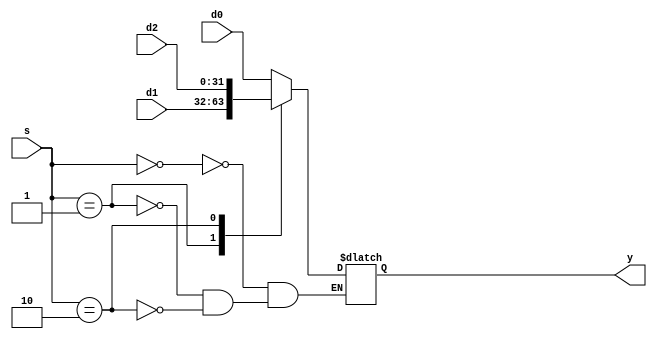
module mux4alu1 (d0, d1, d2, s, y);
    
    input  [31:0] d0, d1, d2;
    input  [1:0] s;
    output [31:0] y;
    
    reg [31:0] y_r;
    
    always @( * ) begin
        case ( s )
            2'b00: y_r = d0;
            2'b01: y_r = d1;
            2'b10: y_r = d2;
            default: ;
        endcase             
    end 
    
    assign y = y_r;
        
endmodule

module mux4alu2 (d0, d1, d2,s, y);
    
    input  [31:0] d0, d1, d2;
    input  [1:0] s;
    output [31:0] y;
    
    reg [31:0] y_r;
    
    always @( * ) begin
        case ( s )
            2'b00: y_r = d0;
            2'b01: y_r = d1;
            2'b10: y_r = d2;
            default: ;
        endcase             
    end 
    
    assign y = y_r;
        
endmodule

module mux2compare1 (d0, d1, s, y);
    
    input  [31:0] d0, d1;
    input  s;
    output [31:0] y;
    
    reg [31:0] y_r;
    
    always @( * ) begin
        case ( s )
            0: y_r = d0;
            1: y_r = d1;
            default: ;
        endcase             
    end 
    
    assign y = y_r;
        
endmodule

module mux2compare2 (d0, d1,s, y);
    
    input  [31:0] d0, d1;
    input  s;
    output [31:0] y;
    
    reg [31:0] y_r;
    
    always @( * ) begin
        case ( s )
            0: y_r = d0;
            1: y_r = d1;
            default: ;
        endcase             
    end 
    
    assign y = y_r;
        
endmodule

module mux2compare3 (d0, d1,s, y);
    
    input  [31:0] d0, d1;
    input  s;
    output [31:0] y;
    
    reg [31:0] y_r;
    
    always @( * ) begin
        case ( s )
            0: y_r = d0;
            1: y_r = d1;
            default: ;
        endcase             
    end 
    
    assign y = y_r;
        
endmodule

module MUX4(
    input [31:0] source0,
    input [31:0] source1,
    input [31:0] source2,
    input [31:0] source3,
    input [1:0] addr,
    output [31:0] sltd
);
    assign sltd = (addr == 2'b11) ? (source3) : 
                 ((addr == 2'b10) ? (source2) : 
                 ((addr == 2'b01) ? (source1) : 
                                    (source0)));

endmodule // MUX4